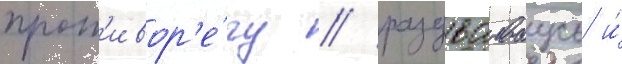
прот'ивор'е́чу / раздваиваусь и́